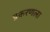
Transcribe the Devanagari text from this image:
प्रकरणला